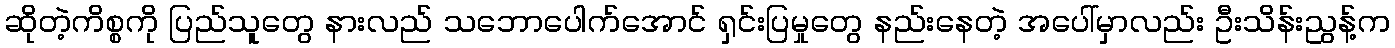
ဆိုတဲ့ကိစ္စကို ပြည်သူတွေ နားလည် သဘောပေါက်အောင် ရှင်းပြမှုတွေ နည်းနေတဲ့ အပေါ်မှာလည်း ဦးသိန်းညွန့်က